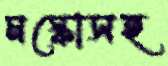
মস্কোসহ